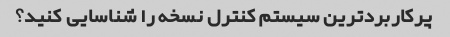
پرکاربردترین سیستم کنترل نسخه را شناسایی کنید؟